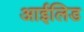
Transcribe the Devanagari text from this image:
आईलिड